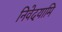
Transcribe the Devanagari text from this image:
निवेदयामि